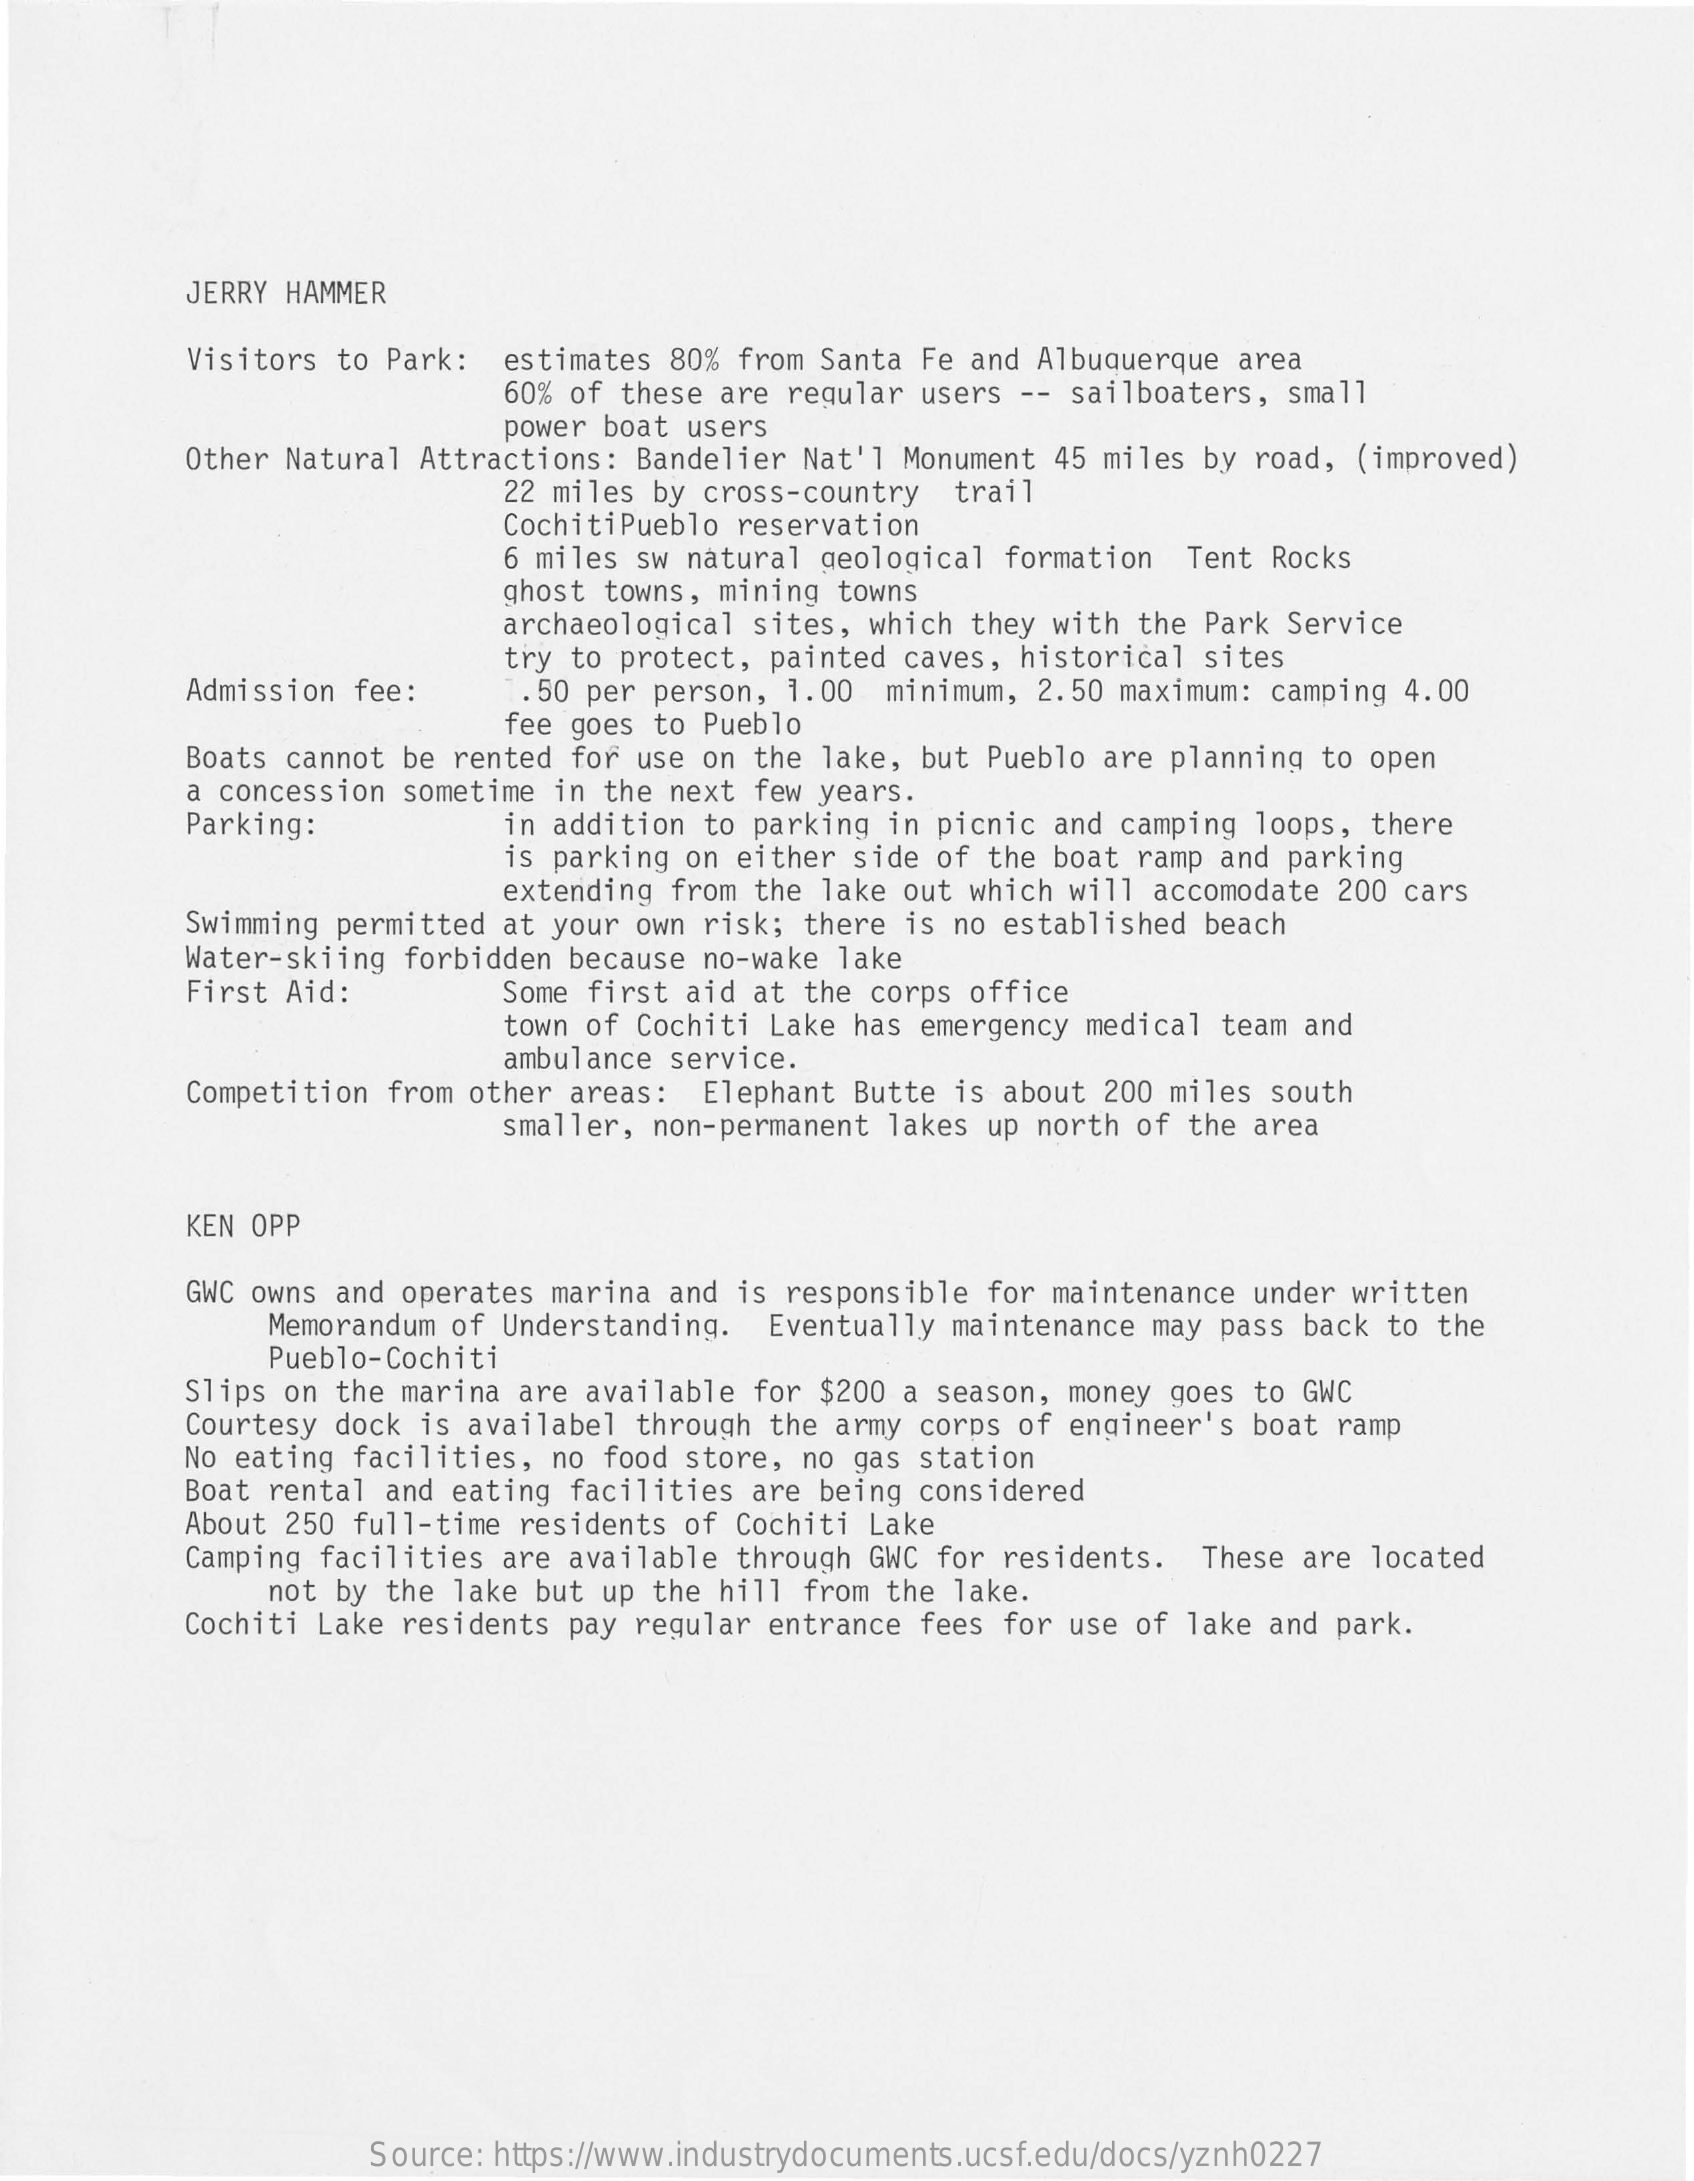
JERRY HAMMER
     Visitors to Park: estimates 80% from Santa Fe and Albuquerque area
     60% of these are regular users -- sailboaters, small
     power boat users
     Other Natural Attractions: Bandelier Nat'l Monument 45 miles by road, (improved)
     22 miles by cross-country trail
     CochitiPueblo reservation
     6 miles sw natural geological formation Tent Rocks
     ghost towns, mining towns
     archaeological sites, which they with the Park Service
     Admission fee:
     try to protect, painted caves, historical sites
     1.50 per person, 1.00 minimum, 2.50 maximum: camping 4.00
     fee goes to Pueblo
     Boats cannot be rented for use on the lake, but Pueblo are planning to open
     Parking:
     a concession sometime in the next few years.
     in addition to parking in picnic and camping loops, there
     is parking on either side of the boat ramp and parking
     extending from the lake out which will accomodate 200 cars
     Swimming permitted at your own risk; there is no established beach
     Water-skiing forbidden because no-wake lake
     First Aid:    Some first aid at the corps office
     town of Cochiti Lake has emergency medical team and
     ambulance service.
     Competition from other areas: Elephant Butte is about 200 miles south
     smaller, non-permanent lakes up north of the area
     KEN OPP
     GWC owns and operates marina and is responsible for maintenance under written
     Memorandum of Understanding. Eventually maintenance may pass back to the
     Pueblo-Cochiti
     Slips on the marina are available for $200 a season, money goes to GWC
     Courtesy dock is availabel through the army corps of engineer's boat ramp
     No eating facilities, no food store, no gas station
     Boat rental and eating facilities are being considered
     About 250 full-time residents of Cochiti Lake
     Camping facilities are available through GWC for residents. These are located
     not by the lake but up the hill from the lake.
     Cochiti Lake residents pay regular entrance fees for use of lake and park.
     Source: https://www.industrydocuments.ucsf.edu/docs/yznh0227